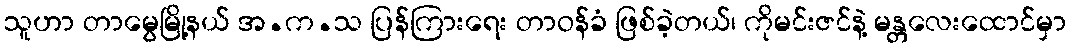
သူဟာ တာမွေမြို့နယ် အ.က.သ ပြန်ကြားရေး တာဝန်ခံ ဖြစ်ခဲ့တယ်၊ ကိုမင်းဇင်နဲ့ မန္တလေးထောင်မှာ